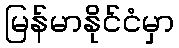
မြန်မာနိုင်ငံမှာ